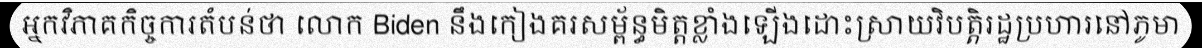
អ្នកវិភាគកិច្ចការតំបន់ថា លោក Biden នឹងកៀងគរសម្ព័ន្ធមិត្តខ្លាំងឡើងដោះស្រាយវិបត្តិរដ្ឋប្រហារនៅភូមា